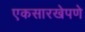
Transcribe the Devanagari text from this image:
एकसारखेपणे